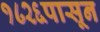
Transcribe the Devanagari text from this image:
१८२६पासून